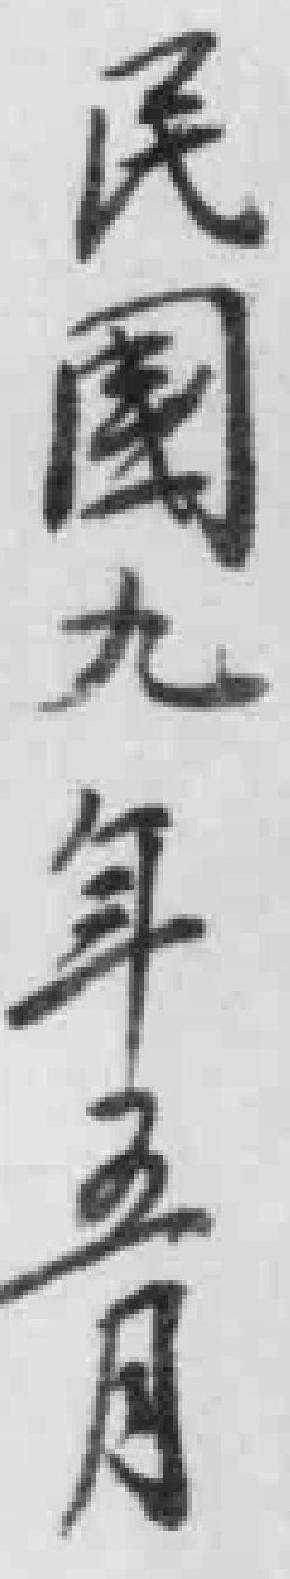
民國九年五月